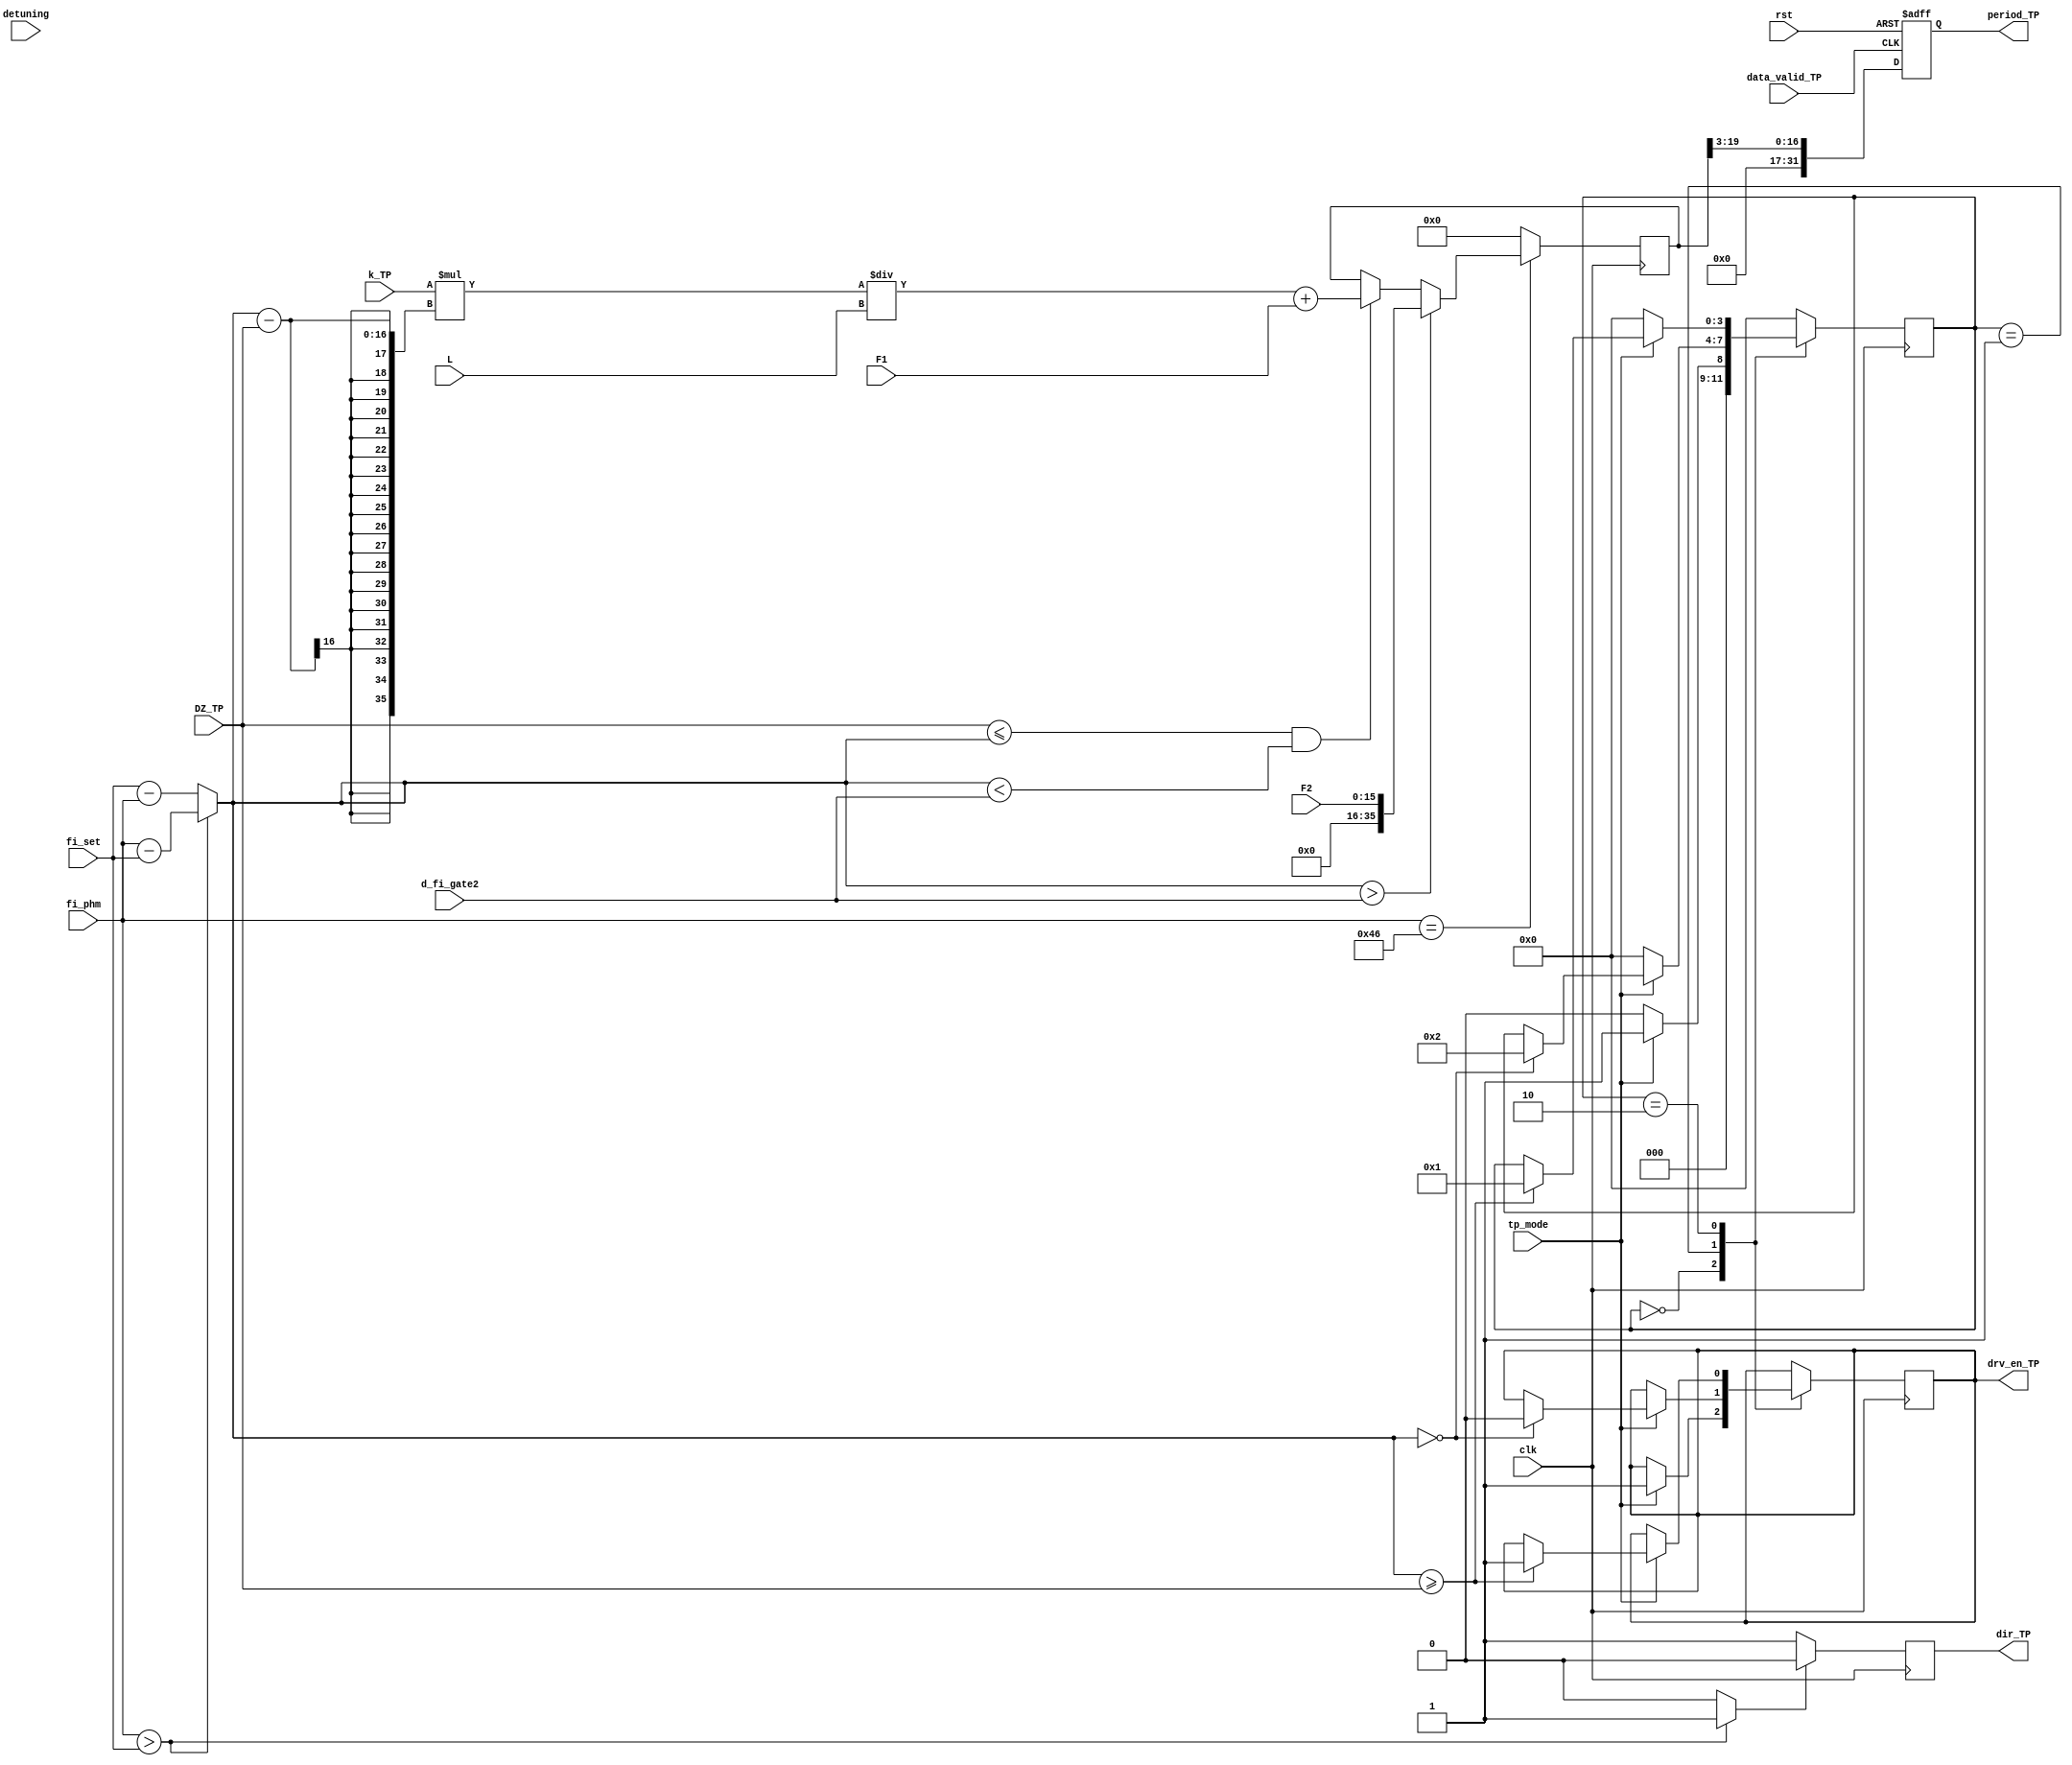
module TP  //  TP,    
#(
    parameter WIDTH_TP       = 16
)
(
    output reg                          drv_en_TP,
                                        dir_TP,

    output reg [2*WIDTH_TP-1:0]           period_TP,                             

    input wire                          clk,
                                        rst,
                                        data_valid_TP,
                                        tp_mode,

    input [WIDTH_TP-1:0]                fi_phm,          //   
                                        fi_set,          // 
                                        detuning,        //  
                                        F1,              //  
                                        F2,              //   
                                        DZ_TP,
                                        L,
                                        d_fi_gate2,
                                        k_TP                       
);

reg [WIDTH_TP-1:0]                      d_fi;

reg                                     sign_TP,
                                        write_addr_err;

reg [3:0]                               state_TP = 0;  
reg [35:0]                              n_TP;                                      

/*reg [WIDTH_TP-1:0]                    F1,
                                      F2,
                                      d_fi_gate2,
                                      DZ_TP,
                                      L,
                                      fi_set,
                                      detuning;
*/  

//----------------------   ---------------------------------------------------------------------------
localparam
	START_TP            = 0,   
	TO_ZERO_TP          = 1,   
	PASS_DZ_TP          = 2;   

always@(posedge clk)
begin
case(state_TP)

  START_TP:    
  begin
    if(tp_mode == 1)
      begin
        state_TP <= TO_ZERO_TP;     	           
        drv_en_TP <= 1'b1;
      end 
    else begin
      state_TP <= START_TP;
    end
  end 
  
  TO_ZERO_TP:    
  begin
     if (tp_mode == 0)
          begin
            state_TP <= START_TP;            
          end       
     else if(d_fi==0)
          begin
            state_TP <= PASS_DZ_TP;               
            drv_en_TP <= 1'b0;
          end 
   end
  
   PASS_DZ_TP: 
   begin
      if (tp_mode == 0)
          begin
            state_TP <= START_TP;            
          end   
     else if (d_fi >= DZ_TP)
          begin
            state_TP <= TO_ZERO_TP;             
            drv_en_TP <= 1'b1;
          end 
   end    

default
  state_TP <= START_TP;                       
endcase     
end

//-----------------------------------------------------------------------------------
always @*
  begin
    if (fi_phm > fi_set)
      begin
        d_fi = fi_phm - fi_set;
        sign_TP = 1'b1;
      end
    else    
      begin
        d_fi = fi_set - fi_phm;
        sign_TP = 1'b0;
      end
  end

always @(posedge clk)
  begin
    if (sign_TP == 1'b0)
      begin
        dir_TP <= 1'b1;
      end
    else
      begin
        dir_TP <= 1'b0;
      end    
  end   

//---------------  -----------------------------------------------------------------------
always @(posedge clk)
    begin
       if (fi_phm == 70)
          begin
                if (d_fi > d_fi_gate2)
                    begin
                        n_TP <= F2;
                    end
                else if ( (DZ_TP <= d_fi) && (d_fi < d_fi_gate2))
		            begin                           
			            n_TP <= ((k_TP * (d_fi - DZ_TP)) / L) + F1;
		            end	
        end
   else 
		    begin                                
			    n_TP <= 0;
		    end		
    end   

always@(posedge data_valid_TP or posedge rst)  //cheak a condition
begin
	if(rst)
		begin
			period_TP <= 0; 		                    // not write data
		end	
	else if (data_valid_TP == 1)
		begin
			period_TP <= n_TP[19:3];	            // write data
		end
end

endmodule